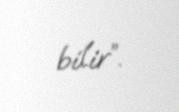
bilir”.